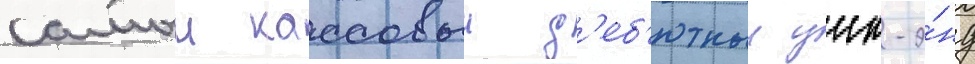
самыи кассовыи д'еб'ютныи уик-э́нд